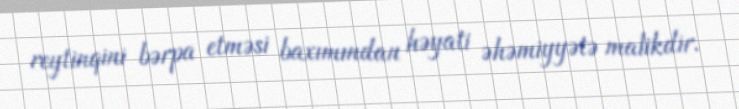
reytinqini bərpa etməsi baxımından həyati əhəmiyyətə malikdir.